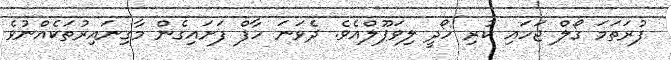
ފުރަތަމަ ގޯލް ޖަހައި ކުރި ހޯދީ ލިވަޕޫލްއެވެ. ދެވަނަ ހާފް ފަށައިގެން މާގިނައިރުތަކެއްނުވެ